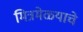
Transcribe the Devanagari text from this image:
मित्रमेळ्याचे